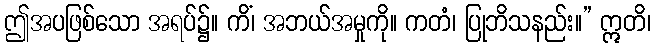
ဤအပဖြစ်သော အရပ်၌။ ကိံ၊ အဘယ်အမှုကို။ ကတံ၊ ပြုဘိသနည်း။” ဣတိ၊